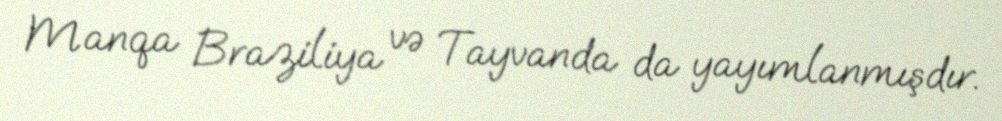
Manqa Braziliya və Tayvanda da yayımlanmışdır.